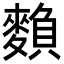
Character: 𪍏